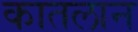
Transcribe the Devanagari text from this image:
कातलान